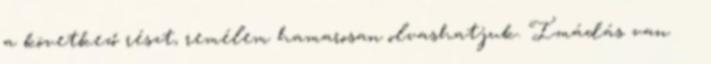
a következő részt, remélem hamarosan olvashatjuk. Imádás van ❤❤❤